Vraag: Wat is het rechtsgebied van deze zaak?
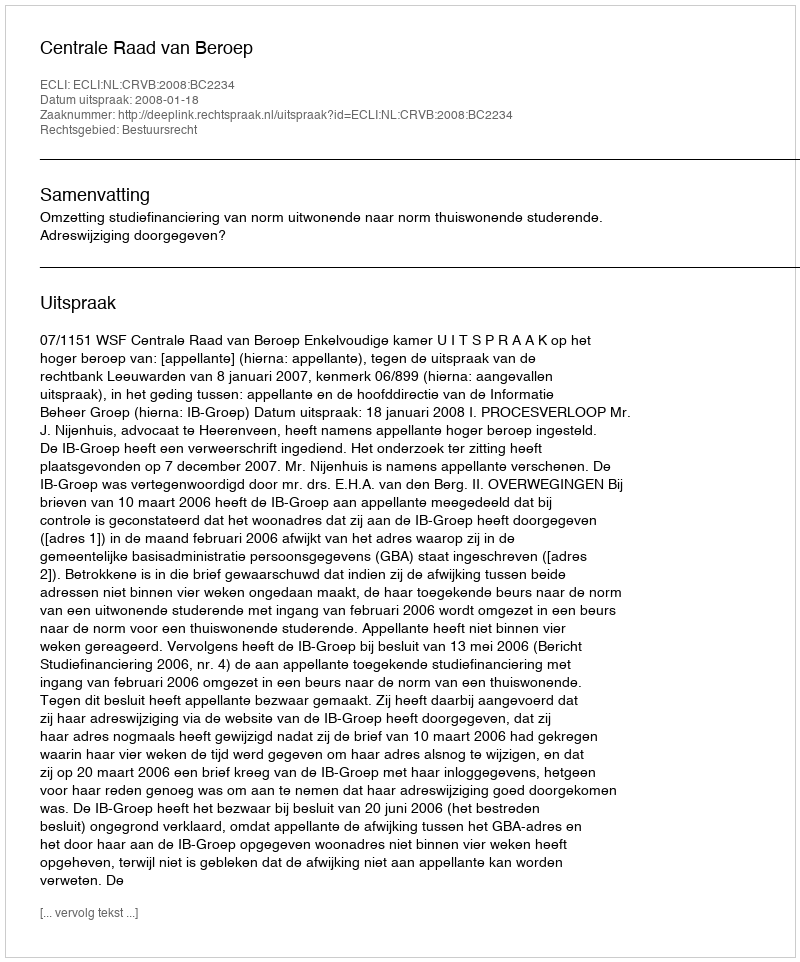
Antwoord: Bestuursrecht